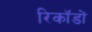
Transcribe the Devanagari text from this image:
रिकॉडों